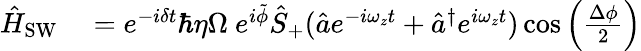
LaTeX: \begin{array}{rl}{\hat{H}_{\mathrm{SW}}}&{{}=e^{-i\delta t}\hbar\eta\Omega\ e^{i\tilde{\phi}}\hat{S}_{+}(\hat{a}e^{-i\omega_{z}t}+\hat{a}^{\dagger}e^{i\omega_{z}t})\cos\left(\frac{\Delta\phi}{2}\right)}\end{array}